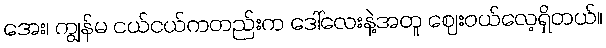
အေး၊ ကျွန်မ ငယ်ငယ်ကတည်းက ဒေါ်လေးနဲ့အတူ ဈေးဝယ်လေ့ရှိတယ်။